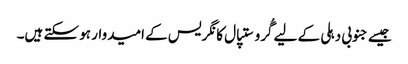
جیسے جنوبی دہلی کے لیے گُرو ستپال کانگریس کے امیدوار ہو سکتے ہیں۔